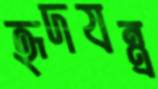
হৃদযন্ত্র